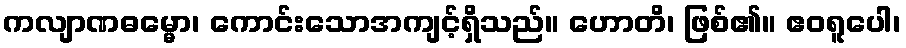
ကလျာဏဓမ္မော၊ ကောင်းသောအကျင့်ရှိသည်။ ဟောတိ၊ ဖြစ်၏။ ဧဝရူပေါ၊